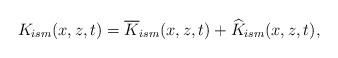
\begin{align*}K_{ism}(x,z,t)=\overline{K}_{ism}(x,z,t)+\widehat{K}_{ism}(x,z,t),\end{align*}